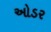
ઓડર